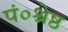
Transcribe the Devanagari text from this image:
पं०श्रेष्ठ